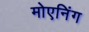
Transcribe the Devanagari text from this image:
मोएनिंग